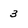
Character: 3